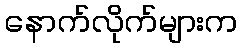
နောက်လိုက်များက